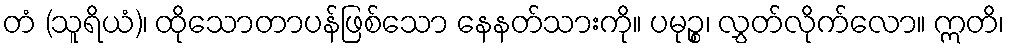
တံ (သူရိယံ)၊ ထိုသောတာပန်ဖြစ်သော နေနတ်သားကို။ ပမုဉ္စ၊ လွှတ်လိုက်လော။ ဣတိ၊